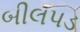
બીલપડ